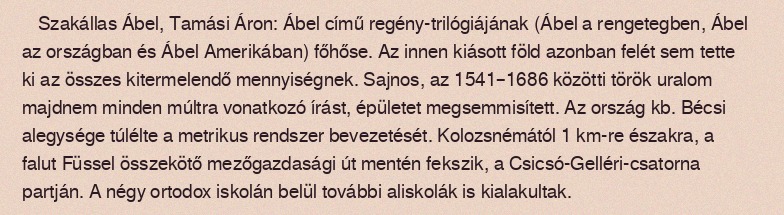
Szakállas Ábel, Tamási Áron: Ábel című regény-trilógiájának (Ábel a rengetegben, Ábel az országban és Ábel Amerikában) főhőse. Az innen kiásott föld azonban felét sem tette ki az összes kitermelendő mennyiségnek. Sajnos, az 1541–1686 közötti török uralom majdnem minden múltra vonatkozó írást, épületet megsemmisített. Az ország kb. Bécsi alegysége túlélte a metrikus rendszer bevezetését. Kolozsnémától 1 km-re északra, a falut Füssel összekötő mezőgazdasági út mentén fekszik, a Csicsó-Gelléri-csatorna partján. A négy ortodox iskolán belül további aliskolák is kialakultak.